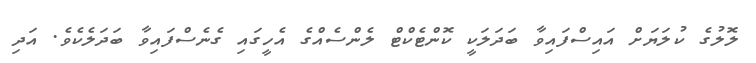
ލޮލުގެ ކުލަޔަށް އައިސްފައިވާ ބަދަލަކީ ކޮންޓެކްޓް ލެންސެއްގެ އެހީގައި ގެނެސްފައިވާ ބަދަލެކެވެ. އަދި